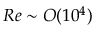
R e \sim O ( 1 0 ^ { 4 } )